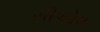
સીઓલ